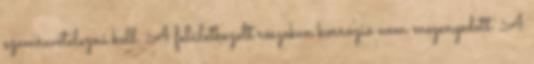
szemrevételezni kell. A felületkezelt részeken korrózió nem megengedett. A